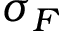
\sigma _ { F }